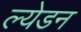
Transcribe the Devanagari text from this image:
ल्येडन